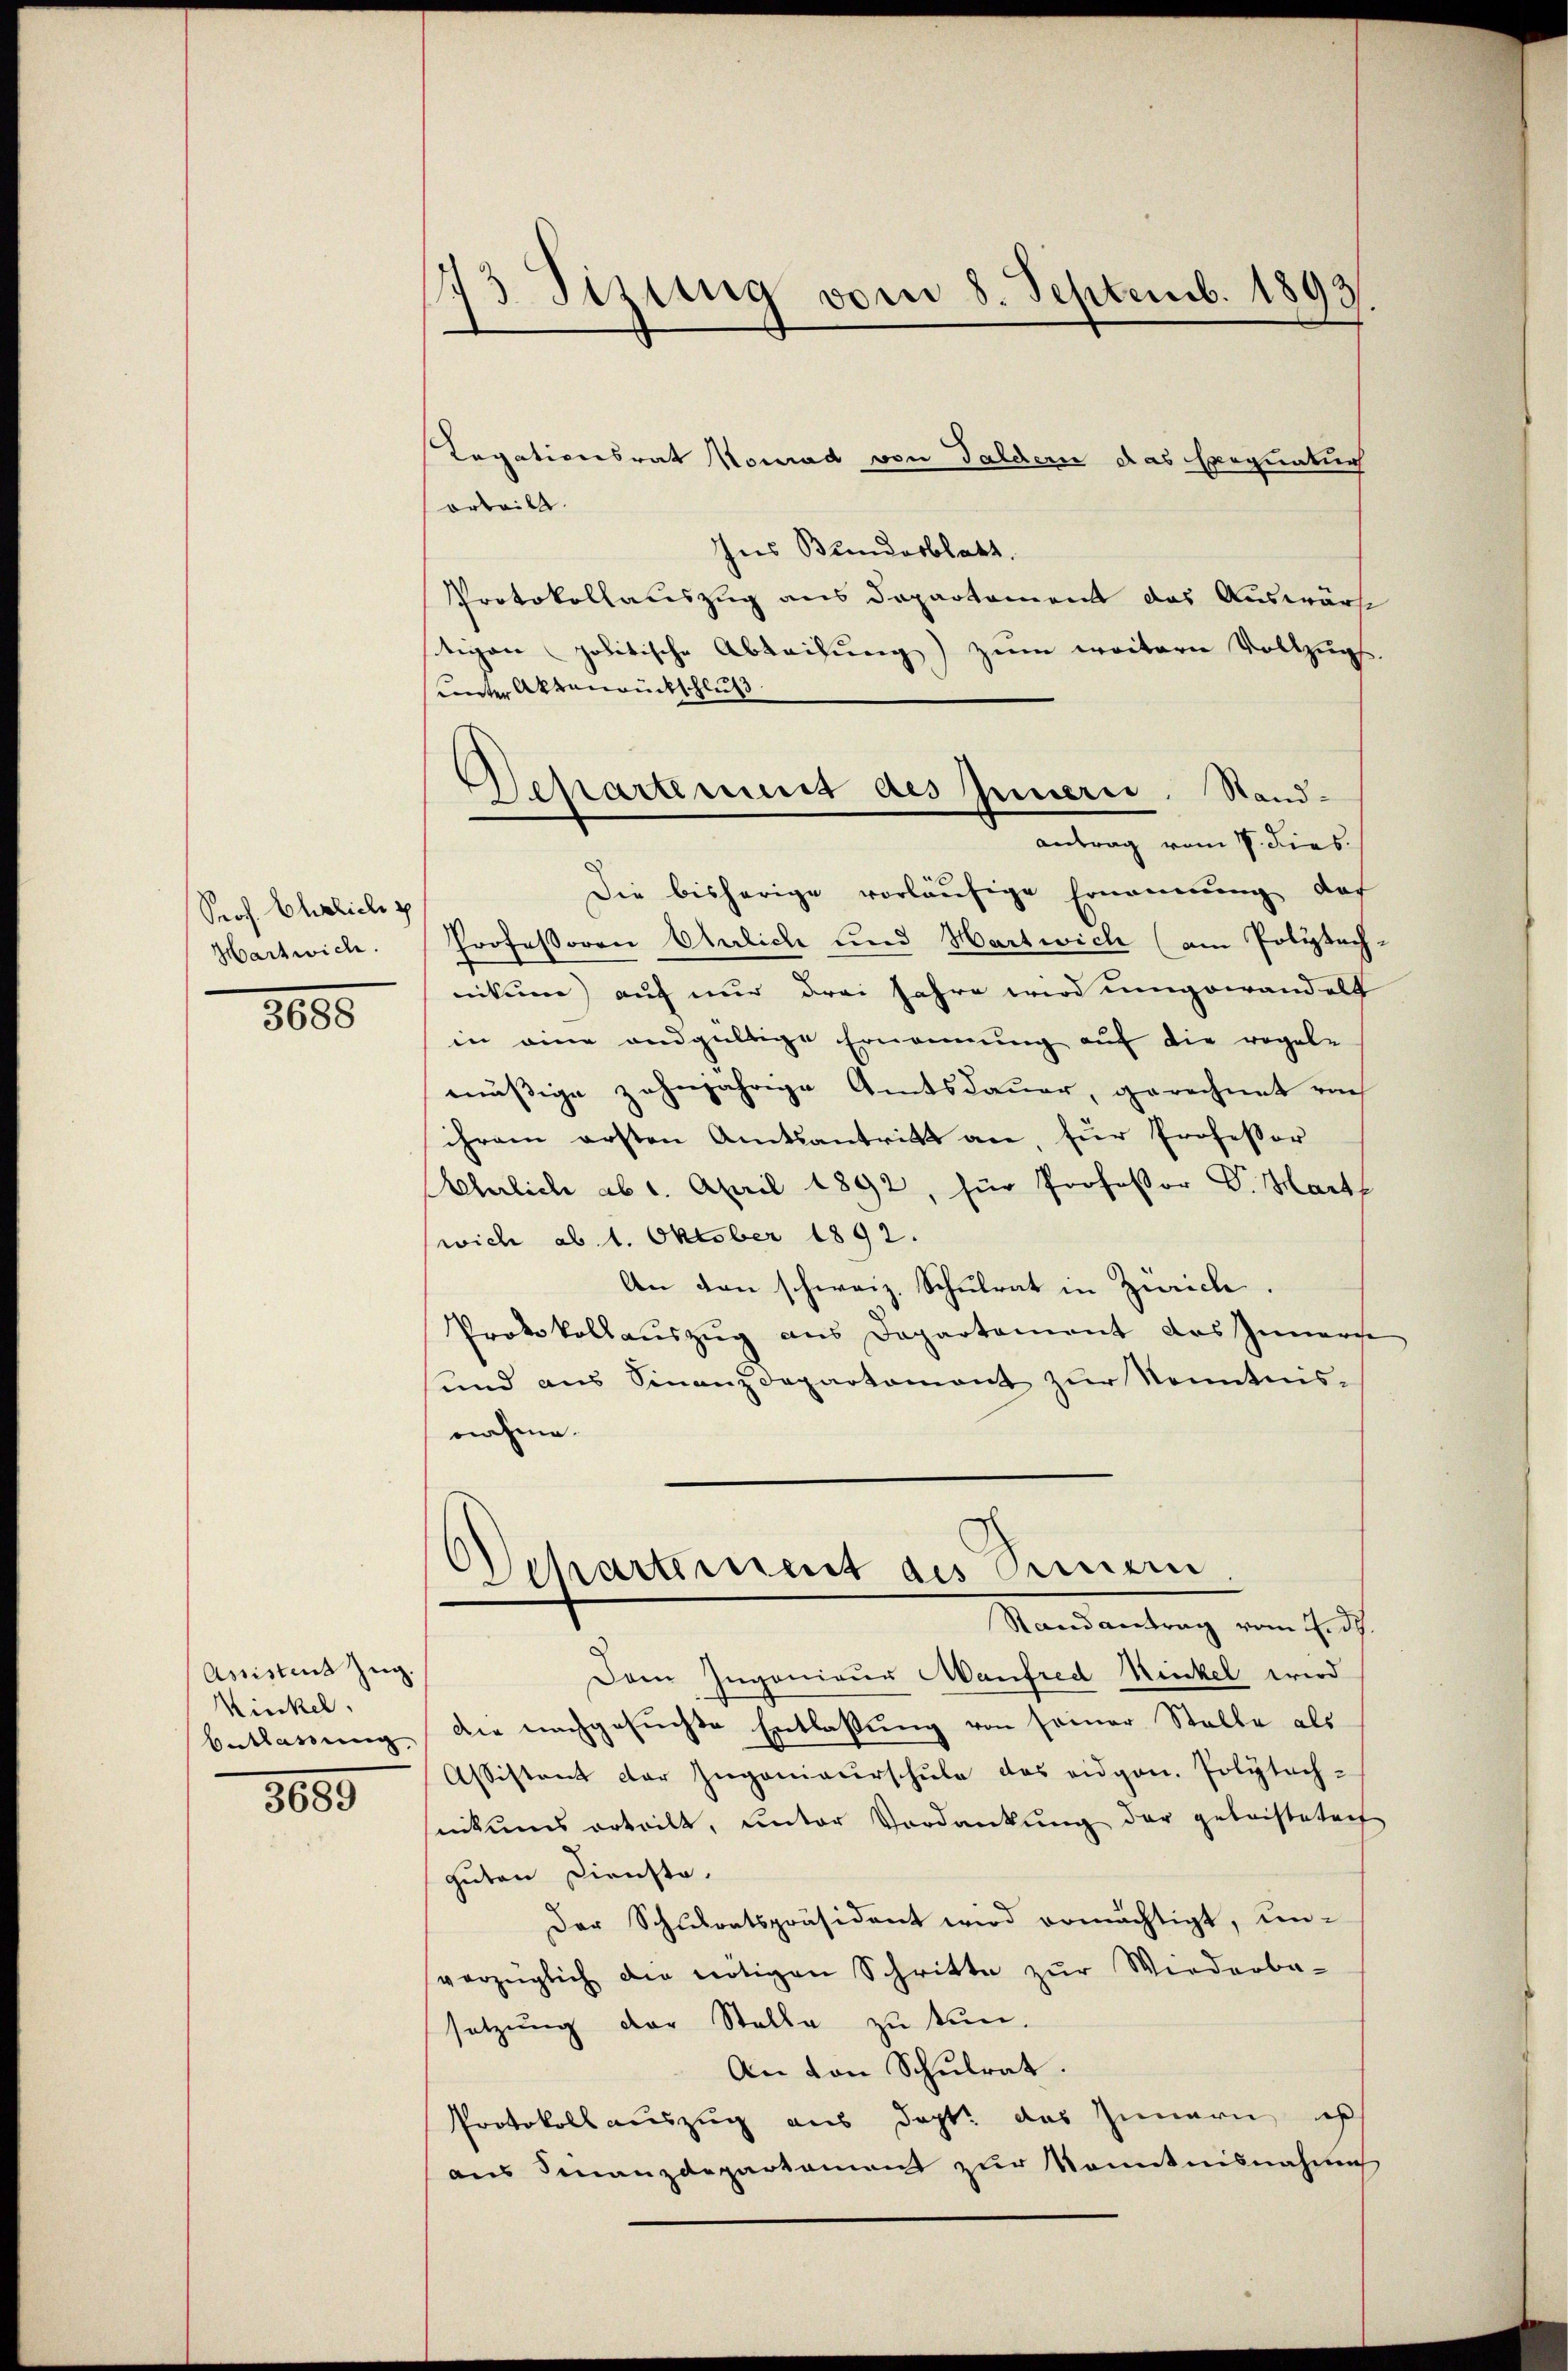
Prof. Ehelich g
Hartwich.

3688

Assistens Zug.
Kinkel.
Entlassung.

3689

113 Sizung vom 8. Septemb. 1893

Legationsrat Konrad von Taldern das Exequatur
arteilt.
Ins Bundesblatt.
Protokollauszug aus Departement das Auswärt
tigen politische Abteilung) zum weitern Vollzugs
unter Aktenrückschluß
Die bisherige vorläufige Ernennung, daß
Professoren Ahnlich und Hartwich (am Polytech-
nikum) auf nur drei Jahre wird umgewandelt
in eine andgültige Ernennung auf die regel-
mässige zehnjährige Amtsdauer, gerechnet von
ihrem ersten Amtsantritt an, für Professor
Aherlich ab 1. April 1892, für Professor V. Harte
(wich ab 1. Oktober 1892
An den schweiz. Schulrat in Zürich
Protokollauszug aus Departament das Innerse
und aus Finanzdepartement zŭr Kenntnis-
nahme.
Departement des Sinnern
Randantrag vom 4. d.
Dem Ingenieur Manfred Winkel wird
die nachgesuchte Entlassung von seiner Stelle als
Assistent der Jugenieurschule des eidgen. Polytechnikums erteilt, unter Verdankung der geleistetent
guten Dienste.
Der Schulratspräsident wird ermächtigt, un-
vorzüglich die nötigen Schritte zŭr Wiederba-
setzung der Stelle zu tun.
An von Schŭlrat.
Protokollauszug aus dort das Zimmern ih
aus Finanzdepartament zur Kenntnisnahme

Separtement des Innern. Stand-
Antrag vom 1. Dies